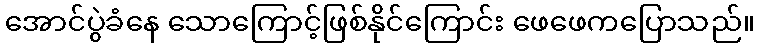
အောင်ပွဲခံနေ သောကြောင့်ဖြစ်နိုင်ကြောင်း ဖေဖေကပြောသည်။